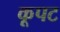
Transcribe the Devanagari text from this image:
कूपट